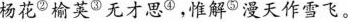
杨花②榆荚③无才思④，惟解⑤漫天作雪飞。